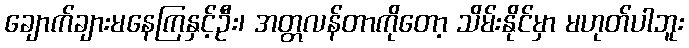
ချောက်ချားမနေကြနှင့်ဦး၊ အတ္တလန်တာကိုတော့ သိမ်းနိုင်မှာ မဟုတ်ပါဘူး